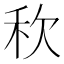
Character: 𮂸